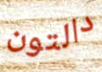
دالتون